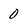
Character: 0